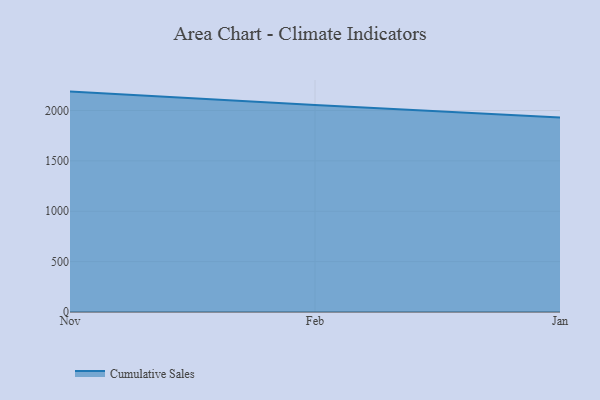
{"axis": {"x": "Month", "y": "Inventory Turnover"}, "legend": ["Cumulative Sales"], "data": [{"x": "Nov", "y": 2187.8, "type": "Cumulative Sales"}, {"x": "Feb", "y": 2054.0, "type": "Cumulative Sales"}, {"x": "Jan", "y": 1931.4, "type": "Cumulative Sales"}]}